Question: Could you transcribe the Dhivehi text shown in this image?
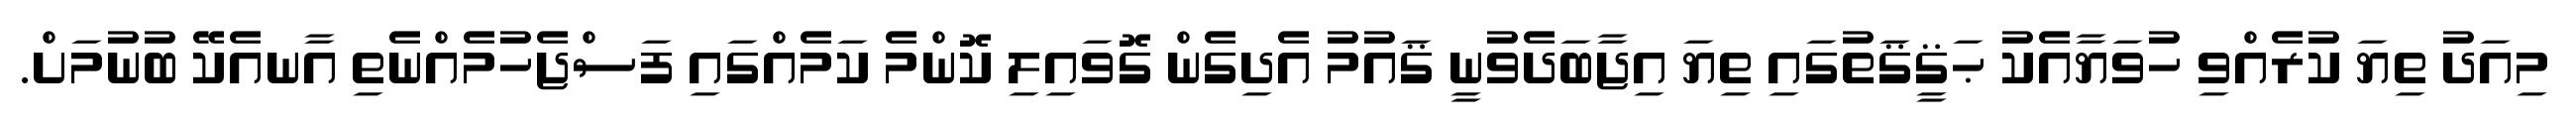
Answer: މިއަދު ތިޔަ ކުރެއްވި ހުވަޔާއެކު ޙަޤީޤަތުގައި ތިޔަ އިޖާބަދެވުނީ ޤައުމު އެދިގެން ގޮވައިލި ކޮންމެ ކަމެއްގައި ފަސްޖެހުމެއްނެތި އާނއެކޭ ބުނުމަށް.